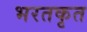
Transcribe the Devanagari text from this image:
भरतकृत